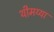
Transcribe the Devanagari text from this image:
थीमय्या